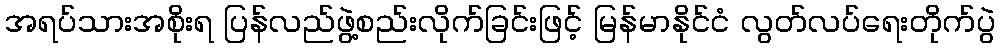
အရပ်သားအစိုးရ ပြန်လည်ဖွဲ့စည်းလိုက်ခြင်းဖြင့် မြန်မာနိုင်ငံ လွတ်လပ်ရေးတိုက်ပွဲ